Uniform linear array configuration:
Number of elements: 4
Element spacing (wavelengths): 0.75
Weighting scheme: exponential
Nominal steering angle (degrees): -15
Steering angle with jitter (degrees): -16.185
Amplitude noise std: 0.05
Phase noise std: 0.05

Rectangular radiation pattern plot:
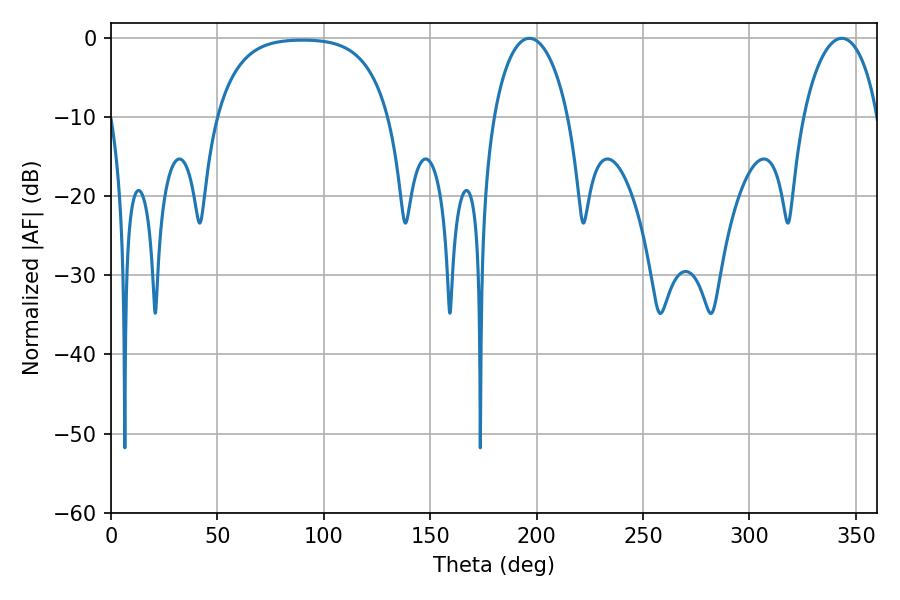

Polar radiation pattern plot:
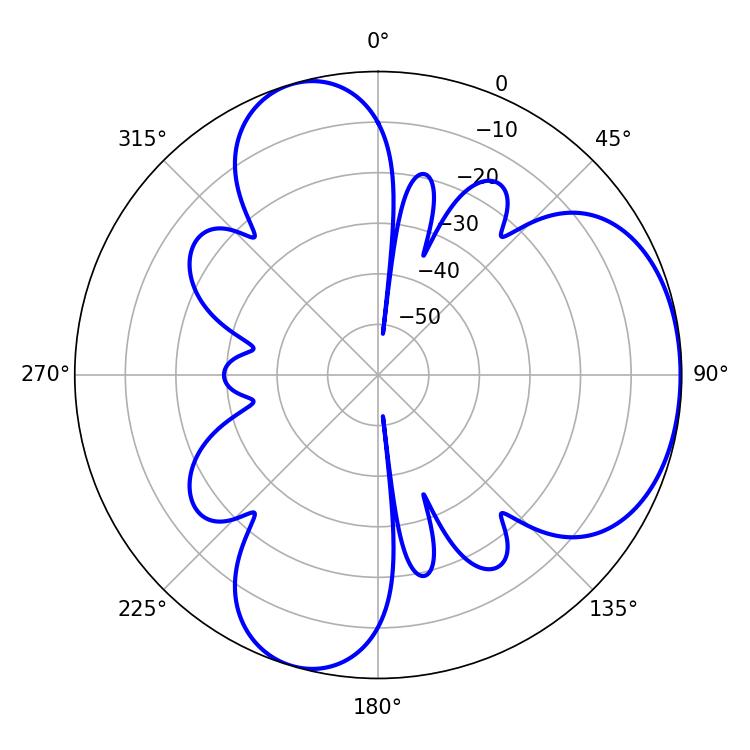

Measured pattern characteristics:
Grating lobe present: TRUE
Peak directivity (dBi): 4.764
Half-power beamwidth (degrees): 19.98
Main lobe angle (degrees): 196.56